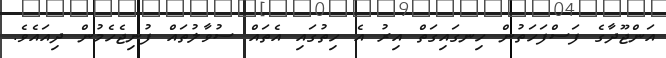
އަންޖޫދާގެ ފަސްފަހަތުން ހިނގައިގަތް އިރު އެ ހިތުގައި އެތައް ސުވާލުތައް ފުނިޖެހެމުން ދިއައެވެ.